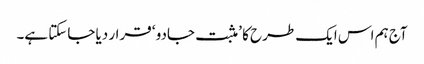
آج ہم اس ایک طرح کا ’ مثبت جادو ‘ قرار دیا جاسکتا ہے۔